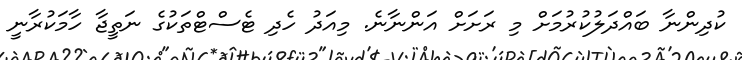
ކުދިންނާ ބައްދަލުކުރުމަށް މި ރަށަށް އަންނާނެ. މިއަދު ހެދި ޓެސްޓްތަކުގެ ނަތީޖާ ހާމަކުރާނީ